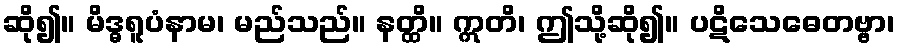
ဆို၍။ မိဒ္ဓရူပံနာမ၊ မည်သည်။ နတ္ထိ။ ဣတိ၊ ဤသို့ဆို၍။ ပဋိသေဓေတဗ္ဗာ၊